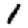
Digit: 1